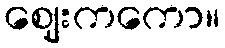
ဈေးကကော။